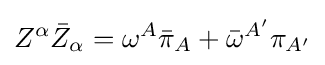
Z^{\alpha }{\bar {Z}}_{\alpha }=\omega ^{A}{\bar {\pi }}_{A}+{\bar {\omega }}^{A'}\pi _{A'}